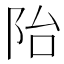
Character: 𲉍